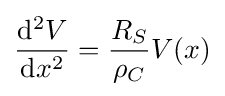
{\frac {\mathrm {d} ^{2}V}{\mathrm {d} x^{2}}}={\frac {R_{S}}{\rho _{C}}}V(x)